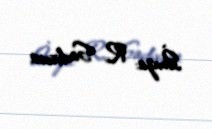
İmza: R. Sadıxova